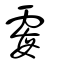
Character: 霉